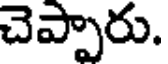
చెప్పారు.